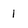
Character: I